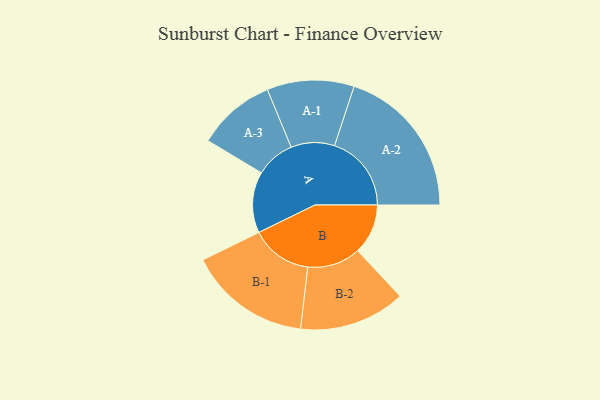
{"axis": {"x": "Segment", "y": "Value"}, "legend": ["", "A", "B"], "data": [{"x": "A", "y": 209, "type": ""}, {"x": "B", "y": 172, "type": ""}, {"x": "A-1", "y": 149, "type": "A"}, {"x": "A-2", "y": 263, "type": "A"}, {"x": "A-3", "y": 134, "type": "A"}, {"x": "B-1", "y": 210, "type": "B"}, {"x": "B-2", "y": 182, "type": "B"}]}